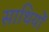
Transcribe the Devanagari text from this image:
साथियोँ